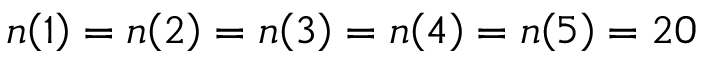
n \! \left( 1 \right) = n \! \left( 2 \right) = n \! \left( 3 \right) = n \! \left( 4 \right) = n \! \left( 5 \right) = 2 0